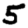
Digit: 5